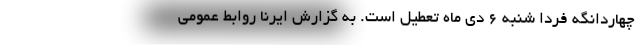
چهاردانگه فردا شنبه ۶ دی ماه تعطیل است. به گزارش ایرنا روابط عمومی